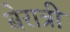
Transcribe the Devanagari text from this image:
बेरात्री